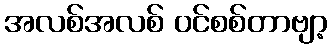
အလစ်အလစ် ဝင်စစ်တာဗျာ့